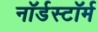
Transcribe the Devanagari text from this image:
नॉर्डस्टॉर्म